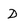
Character: D